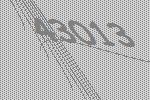
43013